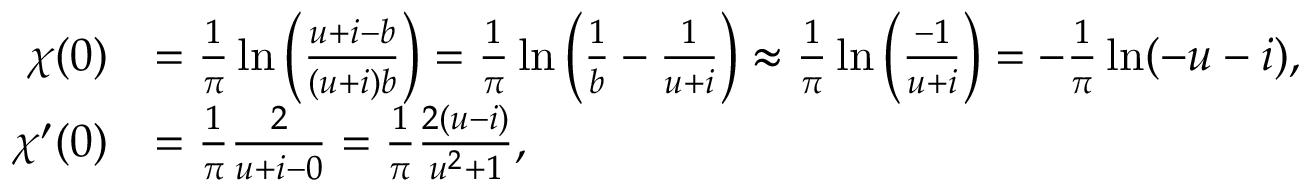
\begin{array} { r l } { \chi ( 0 ) } & { = \frac { 1 } { \pi } \ln \left( \frac { u + i - b } { ( u + i ) b } \right) = \frac { 1 } { \pi } \ln \left( \frac { 1 } { b } - \frac { 1 } { u + i } \right) \approx \frac { 1 } { \pi } \ln \left( \frac { - 1 } { u + i } \right) = - \frac { 1 } { \pi } \ln ( - u - i ) , } \\ { \chi ^ { \prime } ( 0 ) } & { = \frac { 1 } { \pi } \frac { 2 } { u + i - 0 } = \frac { 1 } { \pi } \frac { 2 ( u - i ) } { u ^ { 2 } + 1 } , } \end{array}